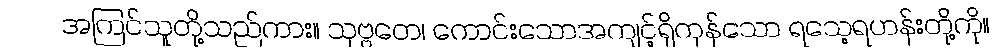
အကြင်သူတို့သည်ကား။ သုဗ္ဗတေ၊ ကောင်းသောအကျင့်ရှိကုန်သော ရသေ့ရဟန်းတို့ကို။